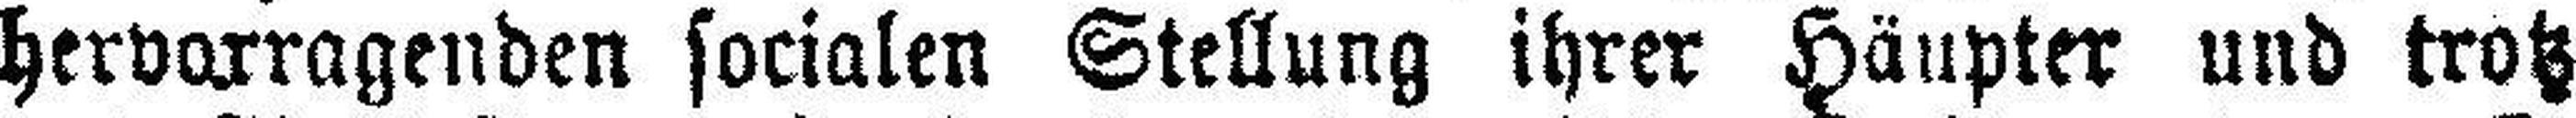
hervorragenden socialen Stellung ihrer Häupter und trotz